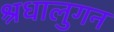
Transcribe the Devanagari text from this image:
श्रधालुगन